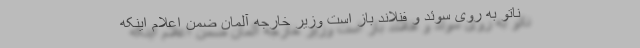
ناتو به روی سوئد و فنلاند باز است وزیر خارجه آلمان ضمن اعلام اینکه